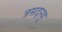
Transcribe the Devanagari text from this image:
त्रसदृस्यु